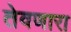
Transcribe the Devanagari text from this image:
तेवणारा